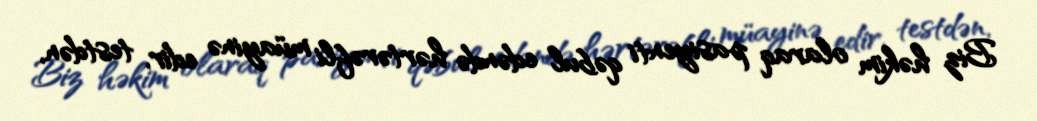
Biz həkim olaraq pasiyenti qəbul edəndə hərtərəfli müayinə edir, testdən,